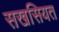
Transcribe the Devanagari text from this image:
सखसियत